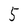
Character: 5